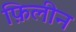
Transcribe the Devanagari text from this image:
फ़िलीन